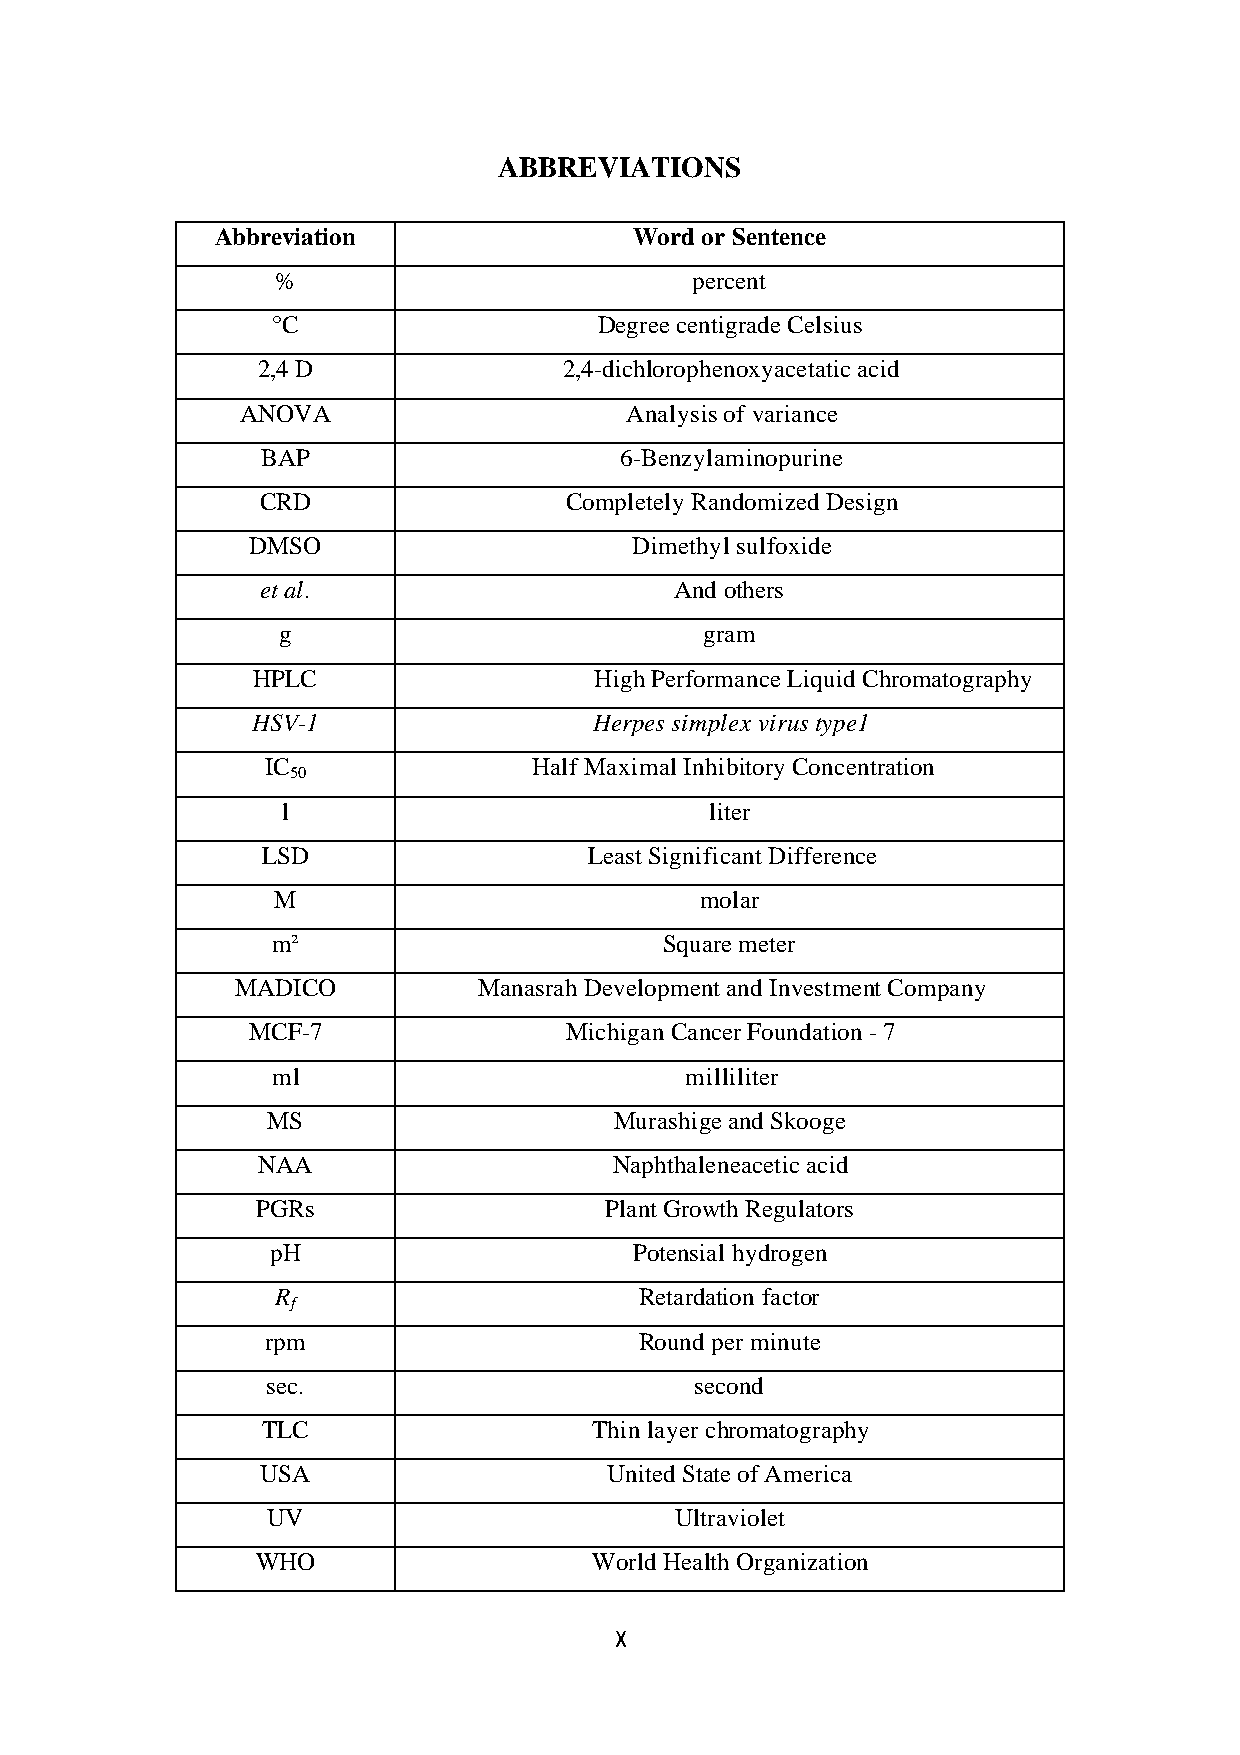
ABBREVIATIONS
 Abbreviation                Word or Sentence
 %                           percent
 °C                    Degree centigrade Celsius
 2,4 D               2,4-dichlorophenoxyacetatic acid
 ANOVA                    Analysis of variance
 BAP                     6-Benzylaminopurine
 CRD                 Completely Randomized Design
 DMSO                      Dimethyl sulfoxide
 et al.                      And others
 g                            gram
 HPLC                  High Performance Liquid Chromatography
 HSV-1                 Herpes simplex virus type1
 IC               Half Maximal Inhibitory Concentration
 50
 l                           liter
 LSD                   Least Significant Difference
 M                           molar
 m²                        Square meter
 MADICO          Manasrah Development and Investment Company
 MCF-7                Michigan Cancer Foundation - 7
 ml                         milliliter
 MS                     Murashige and Skooge
 NAA                     Naphthaleneacetic acid
 PGRs                   Plant Growth Regulators
 pH                      Potensial hydrogen
 R                       Retardation factor
 f
 rpm                     Round per minute
 sec.                        second
 TLC                   Thin layer chromatography
 USA                    United State of America
 UV                         Ultraviolet
 WHO                   World Health Organization
 X